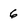
Character: 6